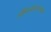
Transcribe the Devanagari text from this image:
जीवनादरम्यान